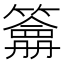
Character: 𥵋